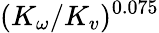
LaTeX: (K_{\omega}/K_{v})^{0.075}